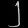
Digit: ၂